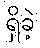
ရှိခဲ့